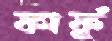
কার্ফু